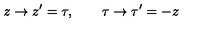
z \rightarrow z ^ { \prime } = \tau , \qquad \tau \rightarrow { \tau } ^ { \prime } = - z